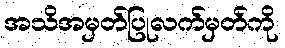
အသိအမှတ်ပြုလက်မှတ်ကို